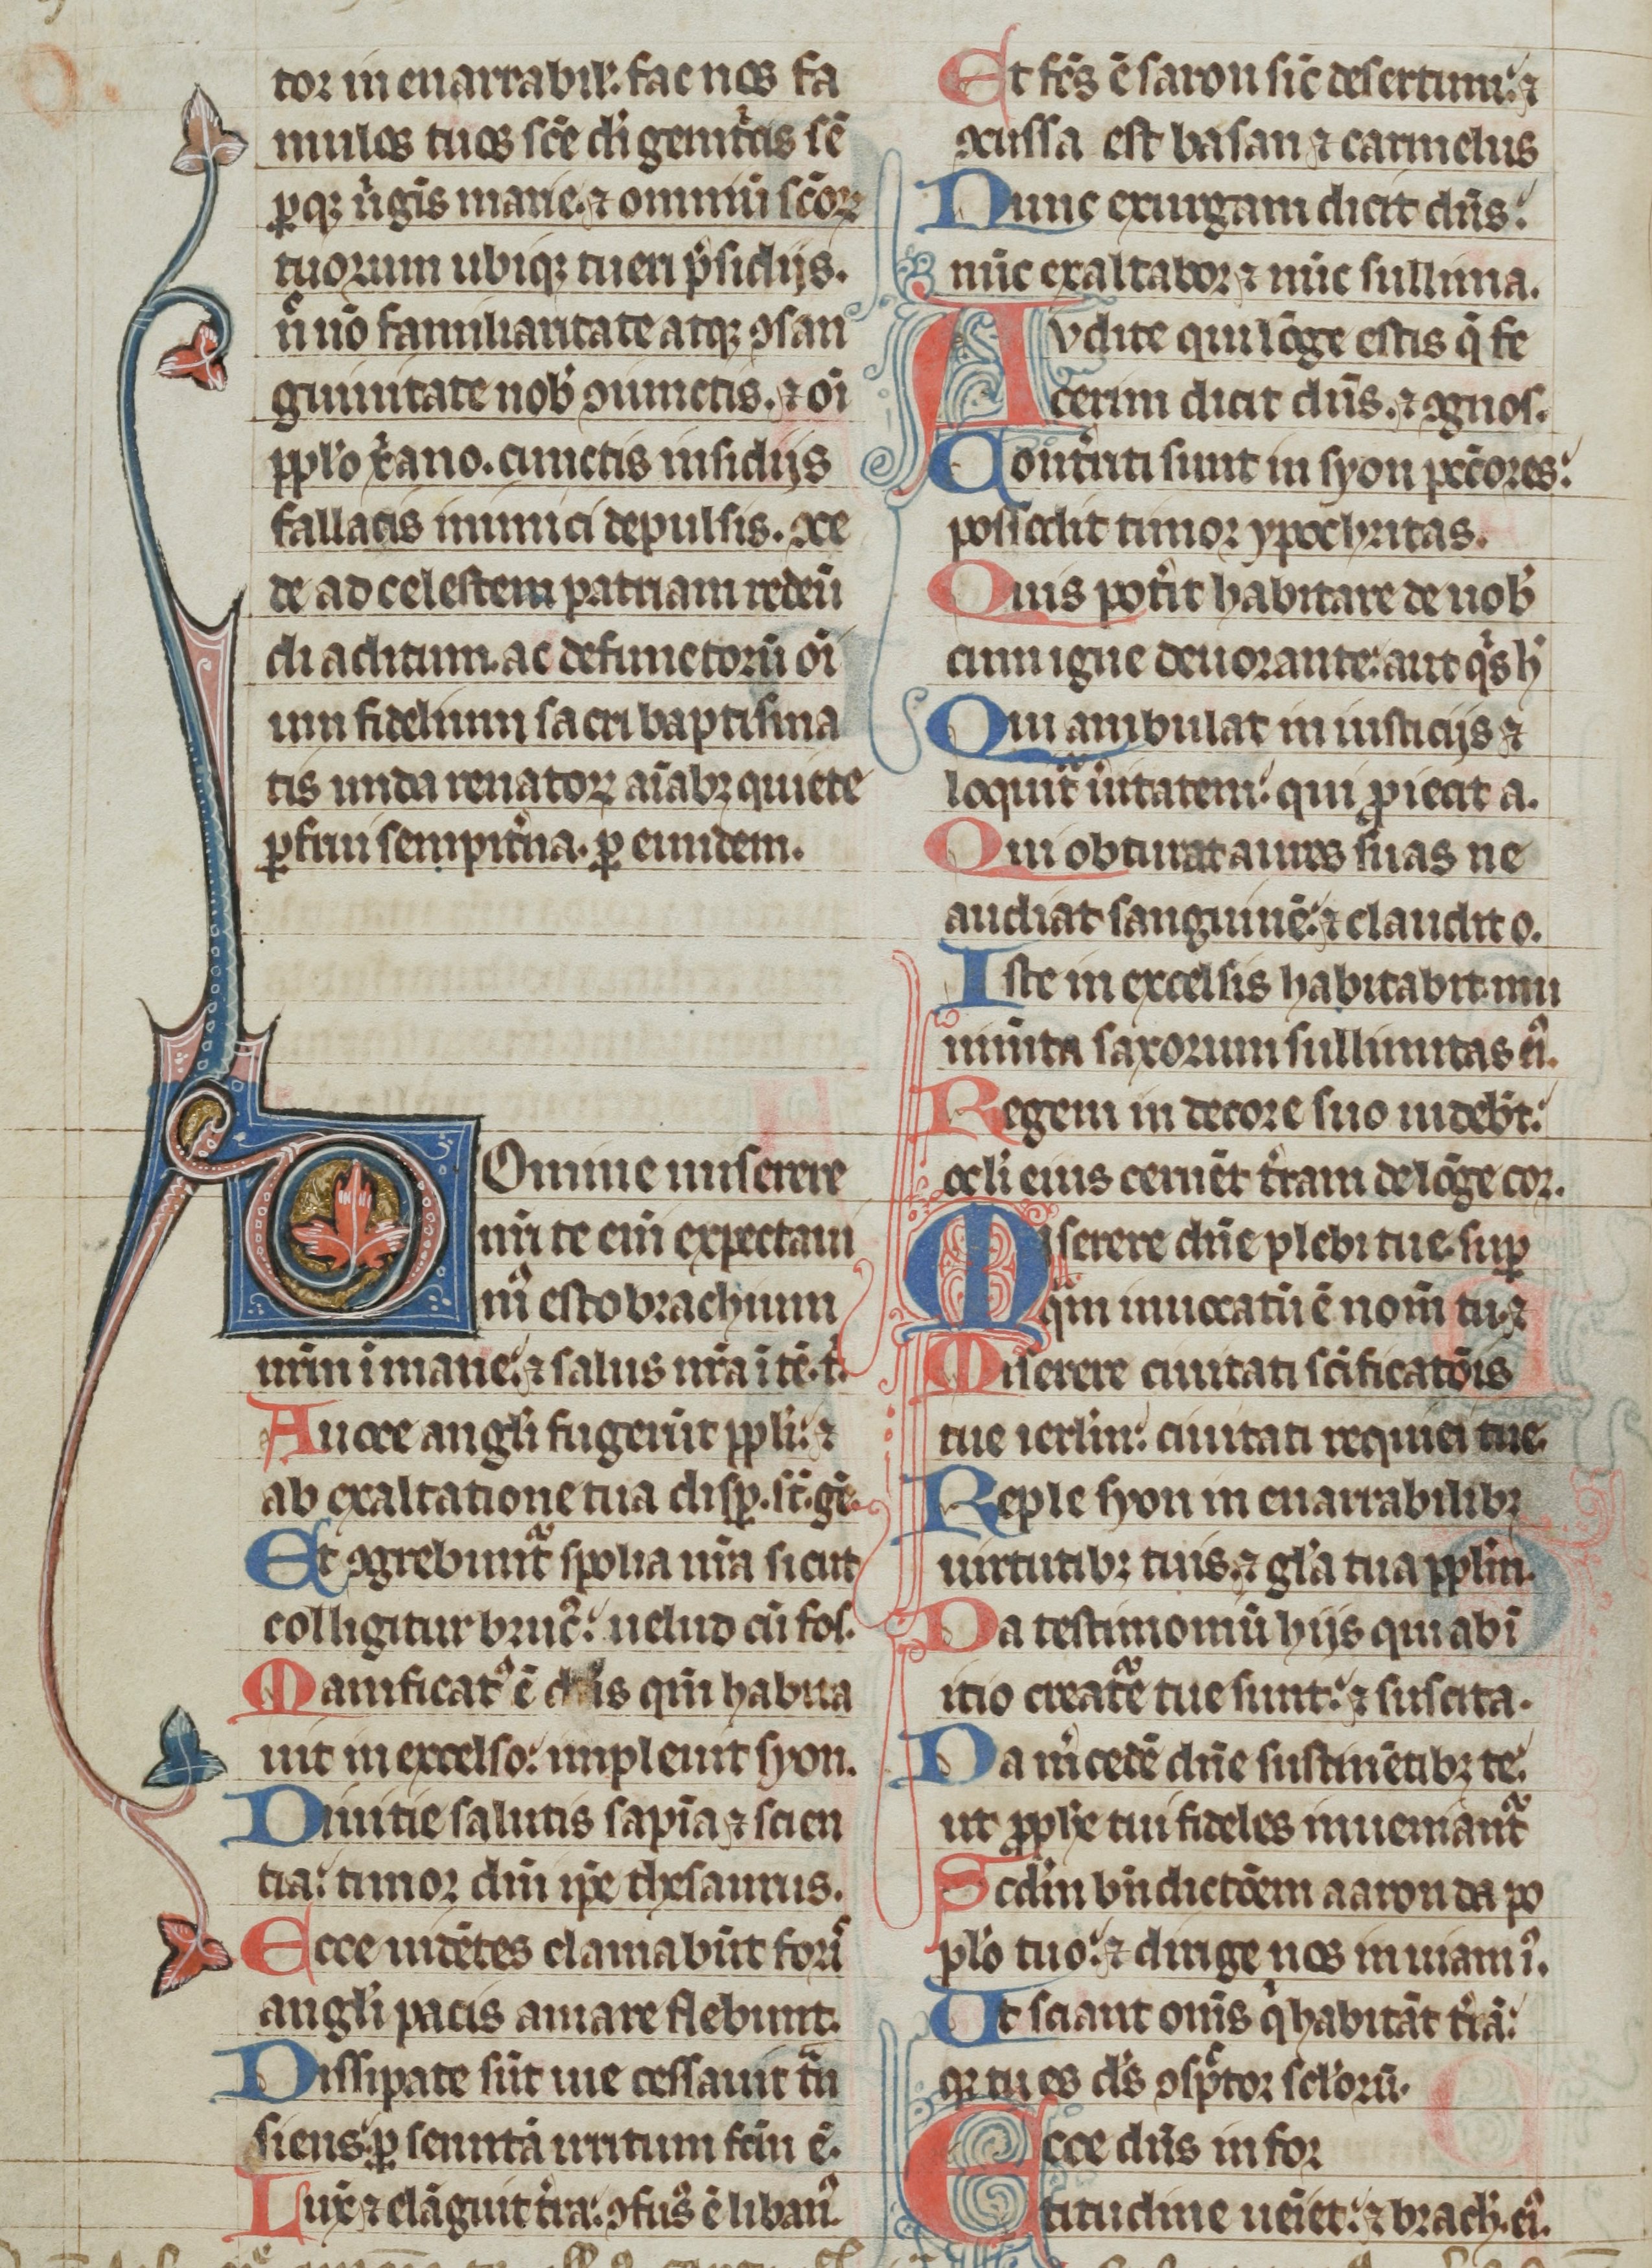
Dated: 1300–1399